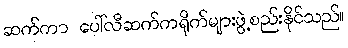
ဆက်ကာ ပေါ်လီဆက်ကရိုက်များဖွဲ့စည်းနိုင်သည်။